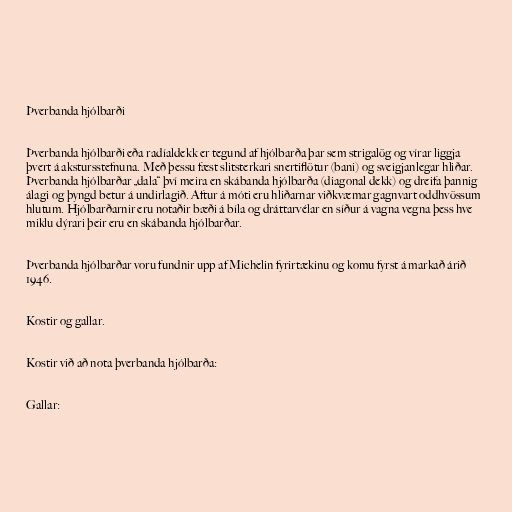
Þverbanda hjólbarði

Þverbanda hjólbarði eða radíaldekk er tegund af hjólbarða þar sem strigalög og vírar liggja
þvert á akstursstefnuna. Með þessu fæst slitsterkari snertiflötur (bani) og sveigjanlegar hliðar.
Þverbanda hjólbarðar „dala“ því meira en skábanda hjólbarða (diagonal dekk) og dreifa þannig
álagi og þyngd betur á undirlagið. Aftur á móti eru hliðarnar viðkvæmar gagnvart oddhvössum
hlutum. Hjólbarðarnir eru notaðir bæði á bíla og dráttarvélar en síður á vagna vegna þess hve
miklu dýrari þeir eru en skábanda hjólbarðar.

Þverbanda hjólbarðar voru fundnir upp af Michelin fyrirtækinu og komu fyrst á markað árið
1946.

Kostir og gallar.

Kostir við að nota þverbanda hjólbarða:

Gallar: